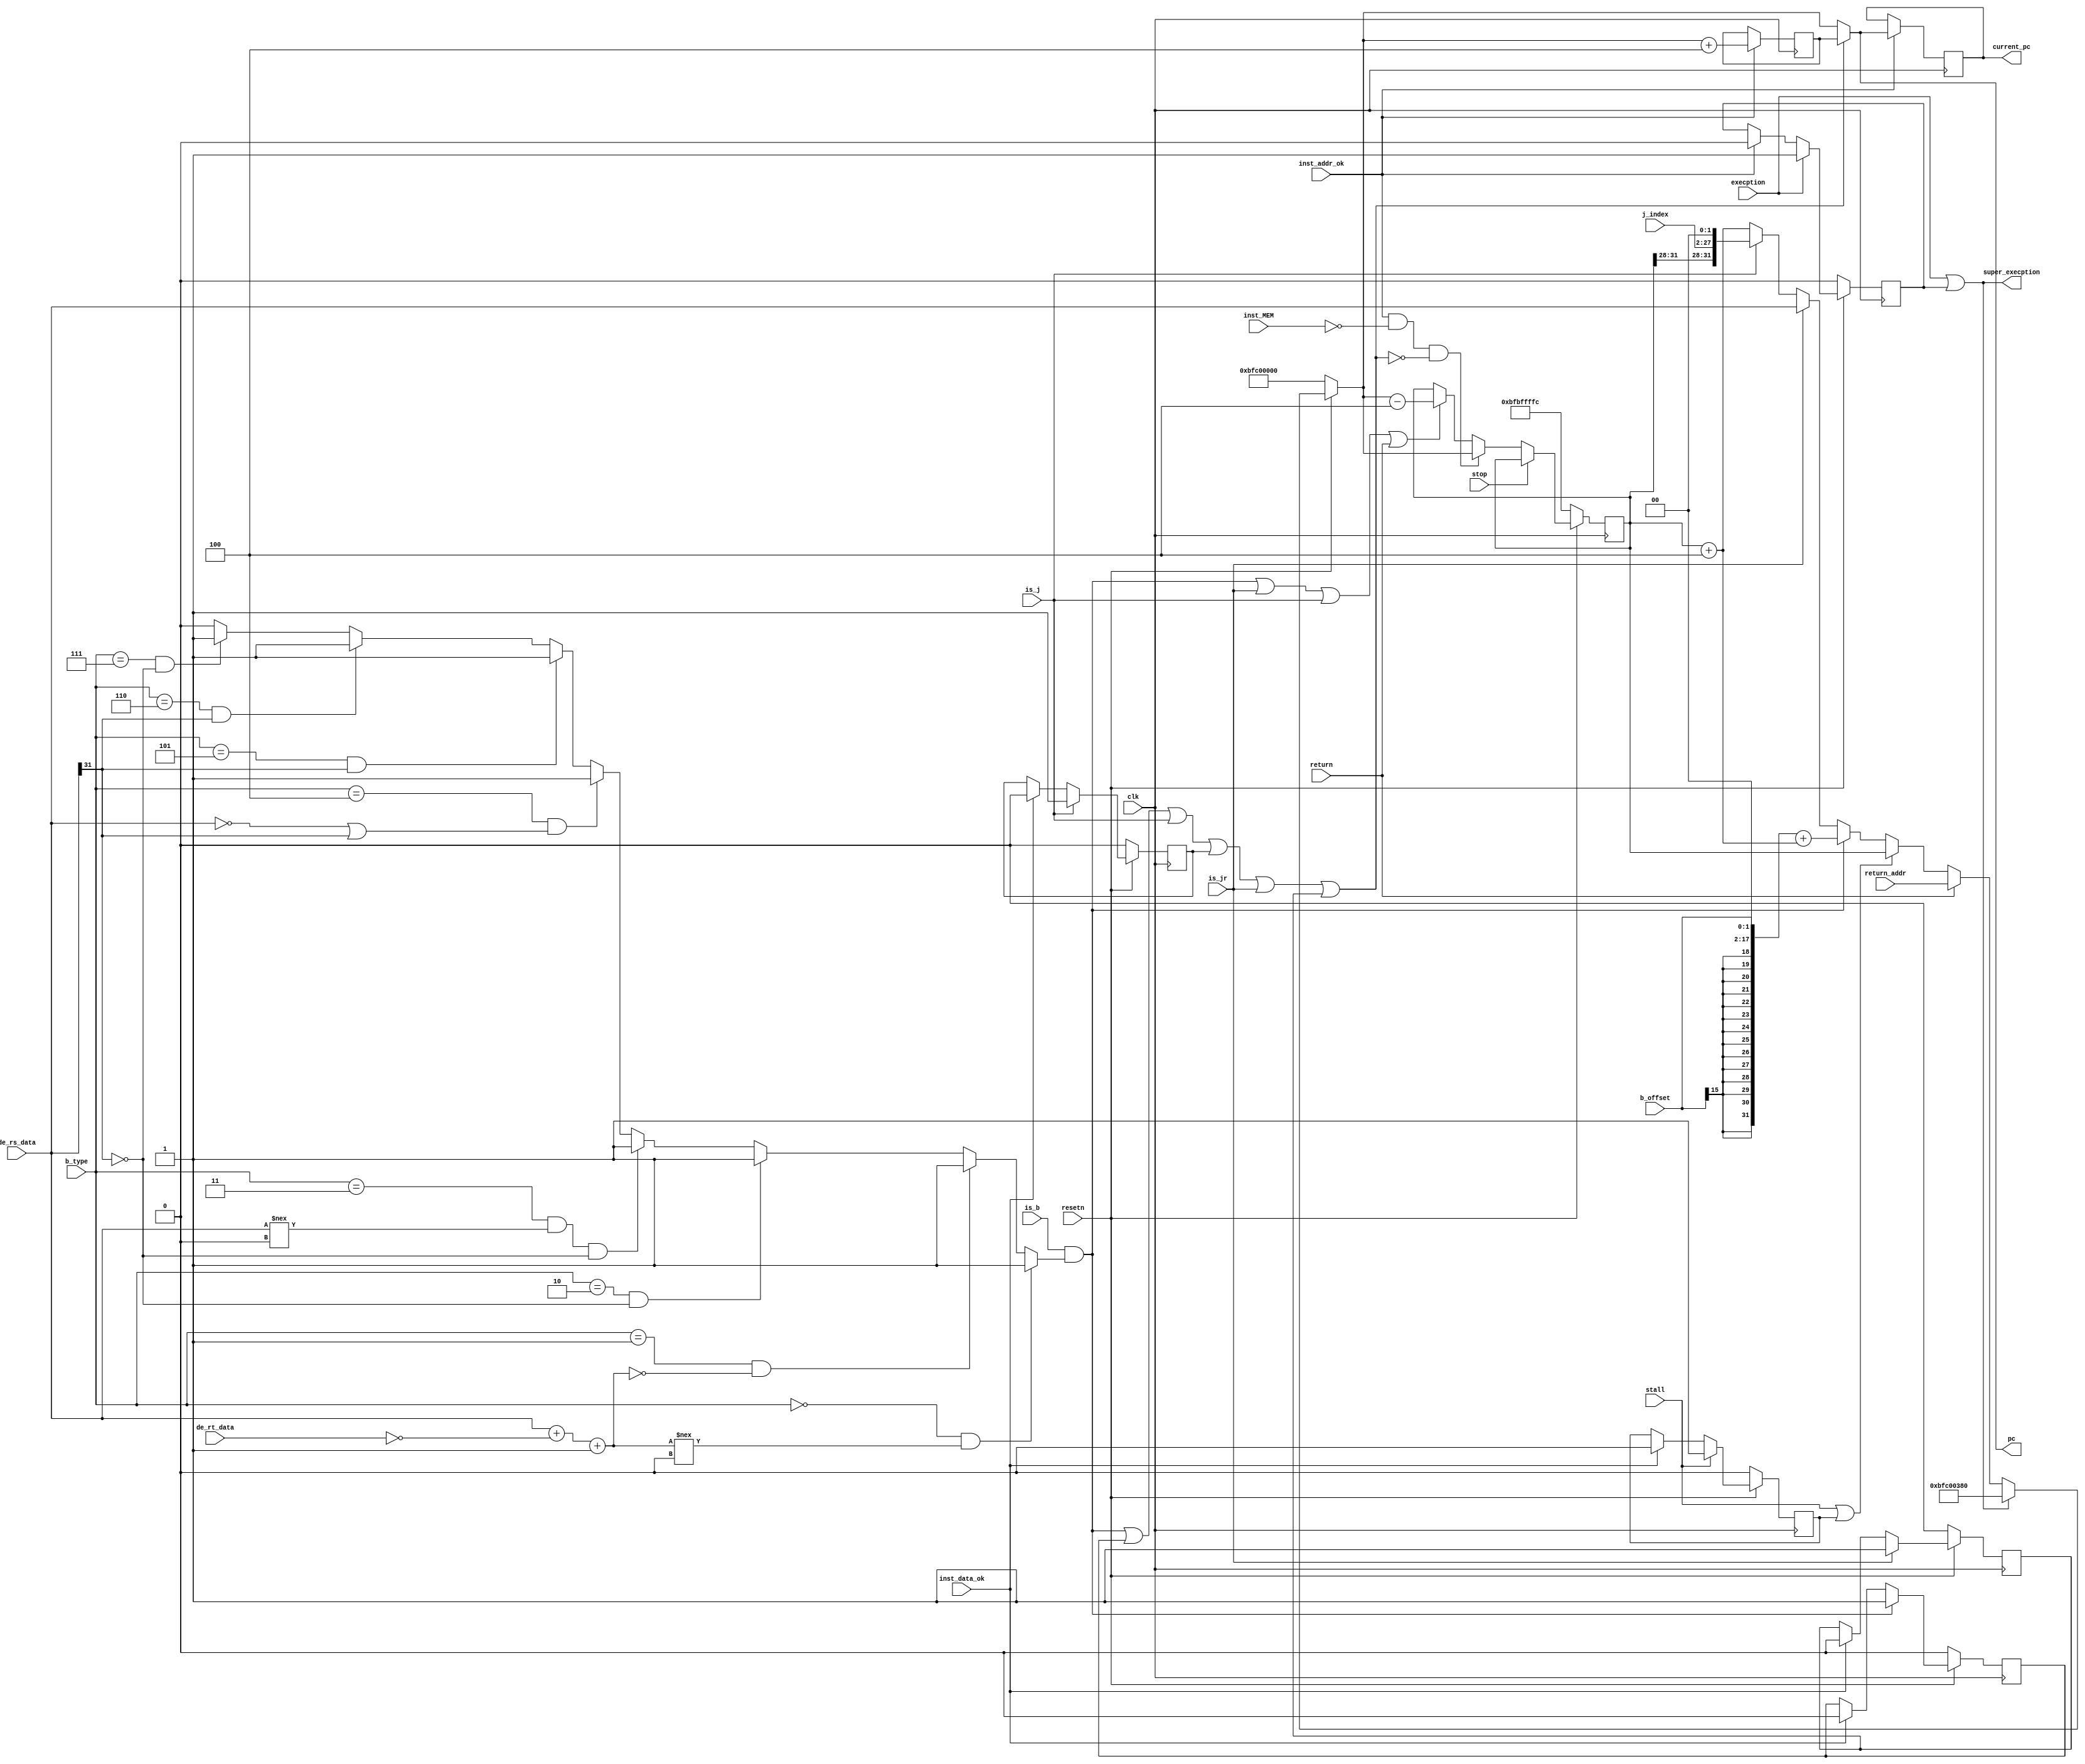
`timescale 1ns / 1ps


module PC_calculator(
					input clk,
					input resetn,
					input stall,
					input execption,
					input return,
					input stop,
					input inst_MEM,
					output super_execption,
					//control signals from de stage
					input is_b,			 	//this is a branch inst
					input is_j,				//this is a direct jump inst
					input is_jr,			//this is jump to register inst
					input [3:0] b_type, 	//define what type of branch it is
					input [15:0] b_offset,	//the offset of branch inst
					input [25:0] j_index,	//the index of jump inst
					//reg file data from de stage (forwarded)
					input [31:0] de_rs_data,//rs data
					input [31:0] de_rt_data,//rt data
					input [31:0] return_addr,
					//output signals
					input         inst_addr_ok,
					input         inst_data_ok,
					output [31:0] pc,
					output [31:0] current_pc
    );

		
		parameter reset_addr = 32'hbfc00000;
		parameter execption_addr = 32'hbfc00380;
		wire b_taken, inst_BNE, inst_BEQ;
		wire inst_BGEZ,inst_BGTZ,inst_BLEZ,inst_BLTZ;
		wire inst_BLTZAL,inst_BGEZAL;
		wire [31:0] b_addr,j_addr,normal_addr;
		wire [31:0] b_result;
		reg  [31:0] pc_reg;
		
		reg B_reg;
        always@(posedge clk) begin
        if(~resetn) B_reg <= 1'b0;
        else if(is_b & b_taken) B_reg <= 1'b1;
        else if(inst_data_ok)  B_reg <= 1'b0;
        else;
        end
         
       reg J_reg;
       always@(posedge clk) begin
       if(~resetn) J_reg <= 1'b0;
       else if(is_j) J_reg <= 1'b1;
       else if(inst_data_ok)  J_reg <= 1'b0;
       else;
       end
 
         
        reg JR_reg;
        always@(posedge clk) begin
        if(~resetn) JR_reg <= 1'b0;
        else if(is_jr) JR_reg <= 1'b1;
        else if(inst_data_ok)  JR_reg <= 1'b0;
        else;
        end
        
        reg stall_reg;
         always@(posedge clk) begin
         if(~resetn) stall_reg <= 1'b0;
         else if(stall) stall_reg <= 1'b1;
         else if(inst_data_ok)  stall_reg <= 1'b0;
         else;
         end
         
         reg execption_reg;
         always@(posedge clk) begin
          if(~resetn) execption_reg <= 1'b0;
          else if(execption) execption_reg <= 1'b1;
          else if(inst_addr_ok)  execption_reg <= 1'b0;
          else;
          end
        
		//see what type of branch inst it is
		assign inst_BNE    = (b_type == 4'b0000);

		assign inst_BEQ    = (b_type == 4'b0001);

		assign inst_BGEZ   = (b_type == 4'b0010);

		assign inst_BGTZ   = (b_type == 4'b0011);

		assign inst_BLEZ   = (b_type == 4'b0100);

		assign inst_BLTZ   = (b_type == 4'b0101);

		assign inst_BLTZAL = (b_type == 4'b0110);

		assign inst_BGEZAL = (b_type == 4'b0111);

		assign b_result = de_rs_data + ~de_rt_data + 1;

		assign b_taken = (inst_BNE    & b_result !== 0)? 1:
						 (inst_BEQ    & b_result == 0 )? 1:
						 (inst_BGEZ   &  ~de_rs_data[31])? 1:
						 (inst_BGTZ   & de_rs_data !==   32'b0 & ~de_rs_data[31])? 1:
						 (inst_BLEZ   & (de_rs_data ==32'b0 | de_rs_data[31]))? 1:
						 (inst_BLTZ   & de_rs_data[31])? 1:
						 (inst_BLTZAL & de_rs_data[31])? 1:
						 (inst_BGEZAL & ~de_rs_data[31])? 1:
						  0;

		//three possible situation for next PC
		assign b_addr = ({{16{b_offset[15]}},b_offset}<<2) + normal_addr;///////

		assign j_addr = {pc_reg[31:28],j_index[25:0],2'b00};

		assign normal_addr = pc_reg + 32'd4;
	
	   wire [31:0] next_pc;
		//the MUX to select the next PC
		assign next_pc = (~resetn)? 	   reset_addr:
						 (execption | execption_reg)?      execption_addr:
						 (return)?         return_addr:
		                 (stall | stall_reg )?		   pc_reg://stall
						 (is_b & b_taken)? b_addr: //B
						 (is_jr)?		   de_rs_data://JR
						 (is_j)?		   j_addr:  //J
						 normal_addr; //+4

		wire pc_minus;
		wire do_jump;
        assign do_jump = (is_b & b_taken) | B_reg | is_j | J_reg | is_jr | JR_reg;
		
		assign pc_minus = (is_b & b_taken) | is_jr | is_j | return;

		always @ (posedge clk) begin
		if      (~resetn)        pc_reg <= reset_addr - 32'd4;
		else if (stop        )   pc_reg <= pc_reg;
		else if (inst_addr_ok & ~inst_MEM  & ~do_jump)   pc_reg <= next_pc;
		else if (pc_minus    )   pc_reg <= next_pc - 32'd4;
		else                     pc_reg <= pc_reg;
		end
		
        reg [31:0] delay_slot;
        always@(posedge clk) begin
        if(inst_addr_ok)
        delay_slot <= next_pc + 32'd4;
        end
 
        assign pc = ( do_jump ) ? delay_slot:next_pc;
        
        reg [31:0] current_pc_reg;
        always@(posedge clk)
        begin if (inst_addr_ok)
        current_pc_reg <= pc;
        end
        
        assign current_pc = current_pc_reg;
        assign super_execption = execption_reg | execption;
	   
endmodule